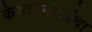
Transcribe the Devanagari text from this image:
केदारनाथांचा